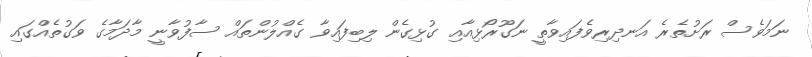
ނަމަވެސް ރަށުތެރެ އަނދިރިވެފައިވާތީ ނަގޫރޯޅިއާއި ގުޅިގެން ލިބިފައިވާ ގެއްލުންތައް ސާފުވާނީ މާދަމާގެ ވަގުތެއްގައި